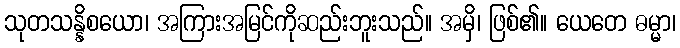
သုတသန္နိစယော၊ အကြားအမြင်ကိုဆည်းဘူးသည်။ အမှိ၊ ဖြစ်၏။ ယေတေ ဓမ္မာ၊